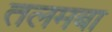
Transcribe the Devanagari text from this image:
तलमबा